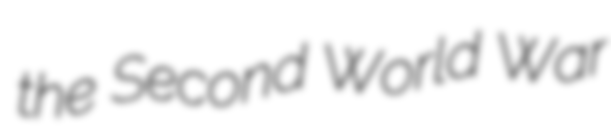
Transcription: the Second World War